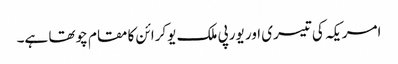
امریکہ کی تیسری اور یورپی ملک یوکرائن کا مقام چوتھا ہے۔